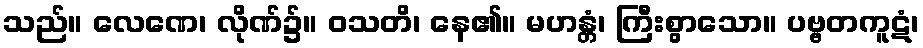
သည်။ လေဏေ၊ လိုဏ်၌။ ဝသတိ၊ နေ၏။ မဟန္တံ၊ ကြီးစွာသော။ ပဗ္ဗတကူဋံ၊